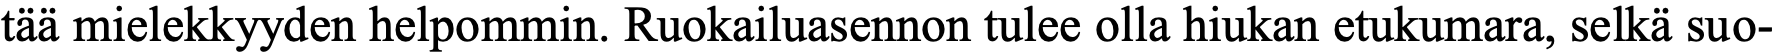
tää mielekkyyden helpommin. Ruokailuasennon tulee olla hiukan etukumara, selkä suo-